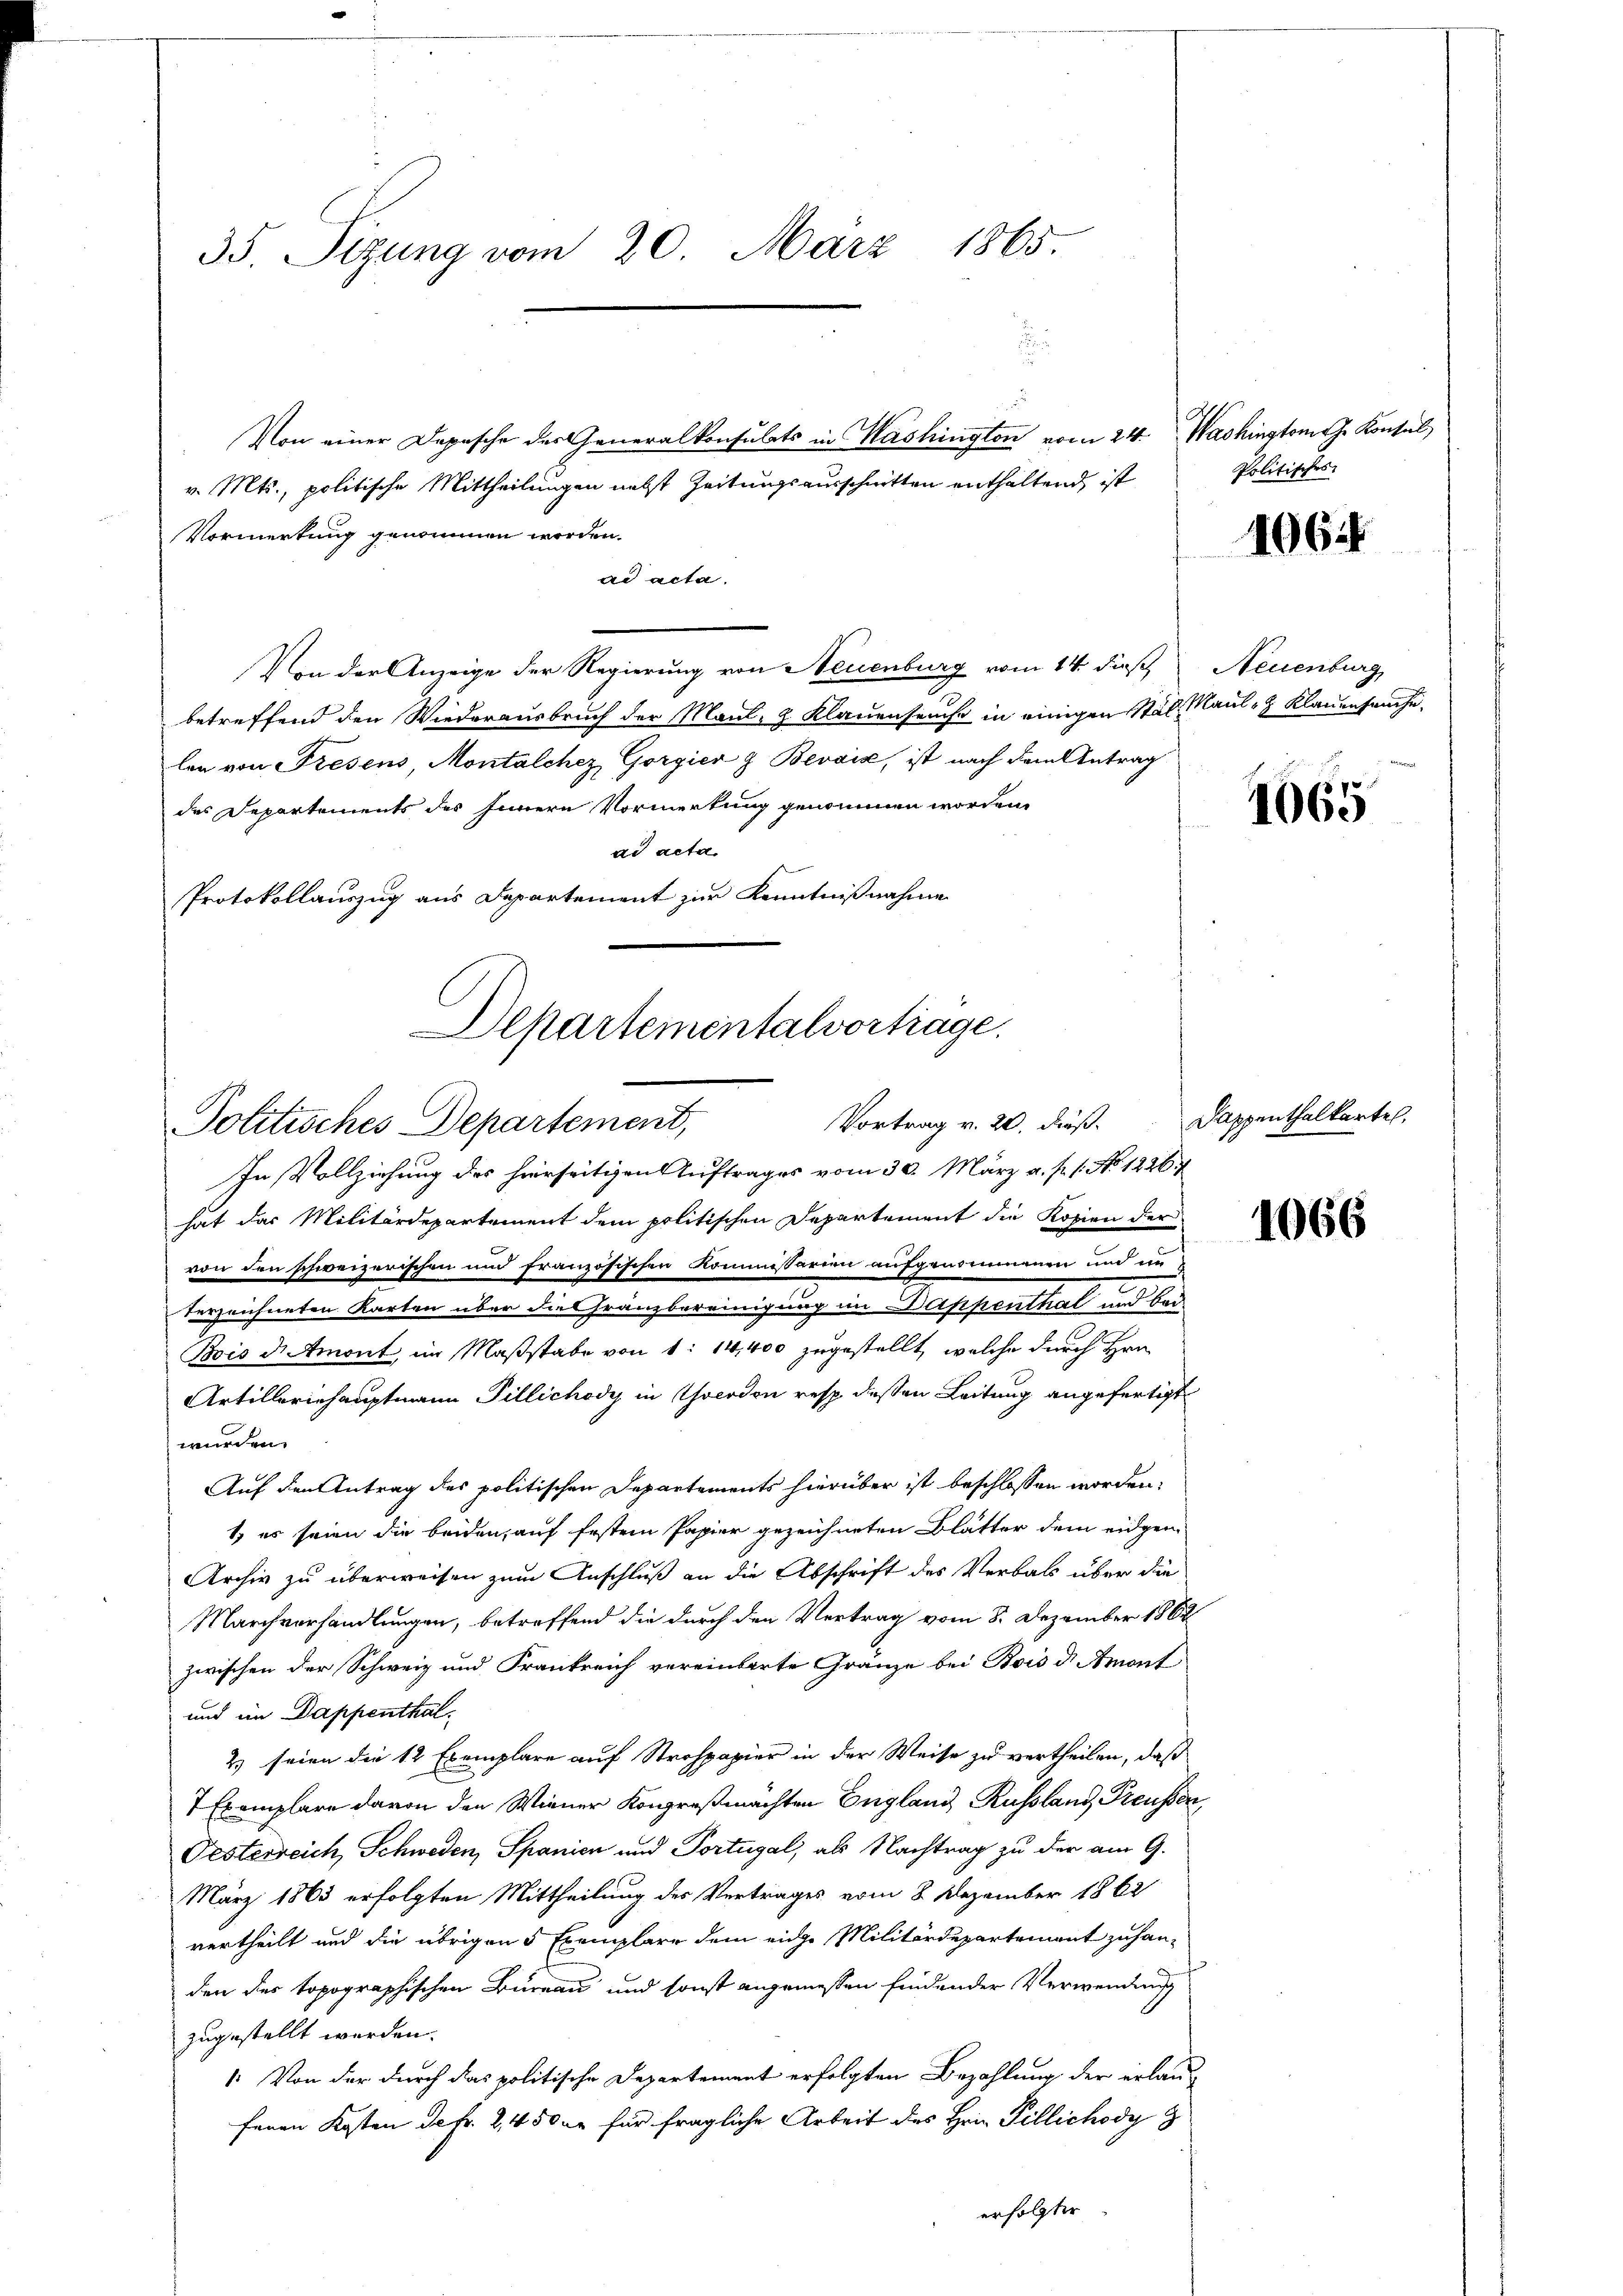
i
Von einer Depesche des Generalkonsulats in Washington vom 24. Washingtom ehe Konsul
v. Mts., politische Mittheilungen nebst Zeitungsausschnitten enthaltend, ist
Vormerkung genommen worden.
ad acta.
Von der Anzeige der Regierung von Neuenburg vom 14. daß Neuenburg,
betreffend den Wiederausbruch der Maul, 3 Klauenseuche in einigen Stal, Maul- & Klauenseuche,
len von Fresens, Montalchez Gorgier z Bevais, ist nach dem Antrag
des Departements des Innern Vormerkung genommen worden.
ad acta.
Protokollauszug aus Departement zur Kenntnißnahme

35. Seizung vom 20. März 1865.

Departementalvortrage.
Vortrag v. 20. dieß.
Politisches Departement,

Politisches

In Vollziehung des hierseitigen Auftrages vom 30. März a. p. 1. No. 1226.
hat das Militärdepartement dem politischen Departement die Kopien der
von den schweizerischen und französischen Kommissarien aufgenommenen und zu
terzeichneten Karten über die Gränzbereinigung im Dappenthal und bei
Bois der Amont, im Maßstabe von 1: 14,400 zugestellt, welche durch Hrn.
Artilleriehauptmann Pillichody in Cocodon resp. deßen Leitung angefertigt
wurden.
Auf den Antrag des politischen Departements hierüber ist beschlossen worden.
1 es seien die beiden, auf festem Papier gezeichneten Blätter dem eidgen
Archiv zu überweisen zum Anschluß an die Abschrift des Verbals über die
Marchvorhandlungen, betreffend die durch den Vertrag vom 8. Dezember 1862
zwischen der Schweiz und Frankreich vereinbarte Gränze bei Bois d. Amont
und im Dappenthal.
2) seien die 12 Exemplare auf Strohpapier in der Weise zu vertheilen, daß
7 Exemplare davon den Wiener Kongreßmächten England, Russland Preusser,
Festerreich, Schweden, Spanien und Portugal, als Nachtrag zu der am 9.
März 1863 erfolgten Mittheilung des Vertrages vom 8. Dezember 1862
vertheilt und die übrigen 5 Exemplare dem eige Militärdepartement zu handen des topographischen Büreau und sonst angemessen findender Verwendung
zugestellt werden.
1. Von der durch das politische Departement erfolgten Bezahlung der erlauferen Kosten Sekr. 2, 450 er für fragliche Arbeit des Hrn. Pillichody
erfolgter

1064

1065

Sappenthalkartel.

1066